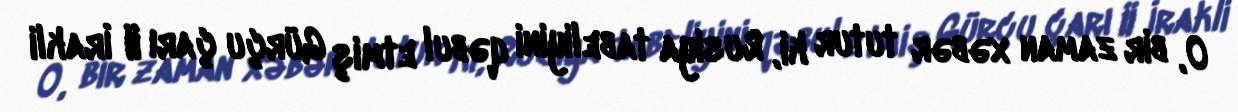
O, bir zaman xəbər tutur ki, Rusiya tabeliyini qəbul etmiş Gürçu çarı II İrakli